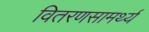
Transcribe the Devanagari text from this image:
वितरणसामर्थ्य